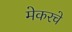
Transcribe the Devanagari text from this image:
मेकरचे